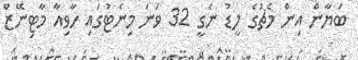
ބަޔާން އިން މެޗުގެ ލީޑު ނެގީ 32 ވަނަ މިނެޓުގައި ހާވިއާ މާޓިނޭޒް